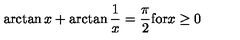
\arctan { x } + \arctan \frac { 1 } { x } = \frac { \pi } { 2 } \mathrm { f o r } x \ge 0